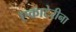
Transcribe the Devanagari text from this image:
एकाटेरीना